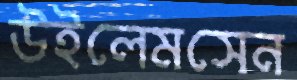
উইলেমসেন